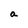
Character: a